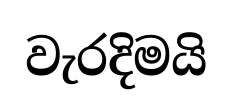
වැරදිමයි